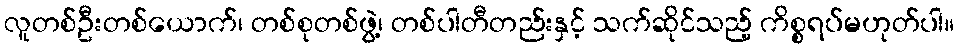
လူတစ်ဦးတစ်ယောက်၊ တစ်စုတစ်ဖွဲ့၊ တစ်ပါတီတည်းနှင့် သက်ဆိုင်သည့် ကိစ္စရပ်မဟုတ်ပါ။